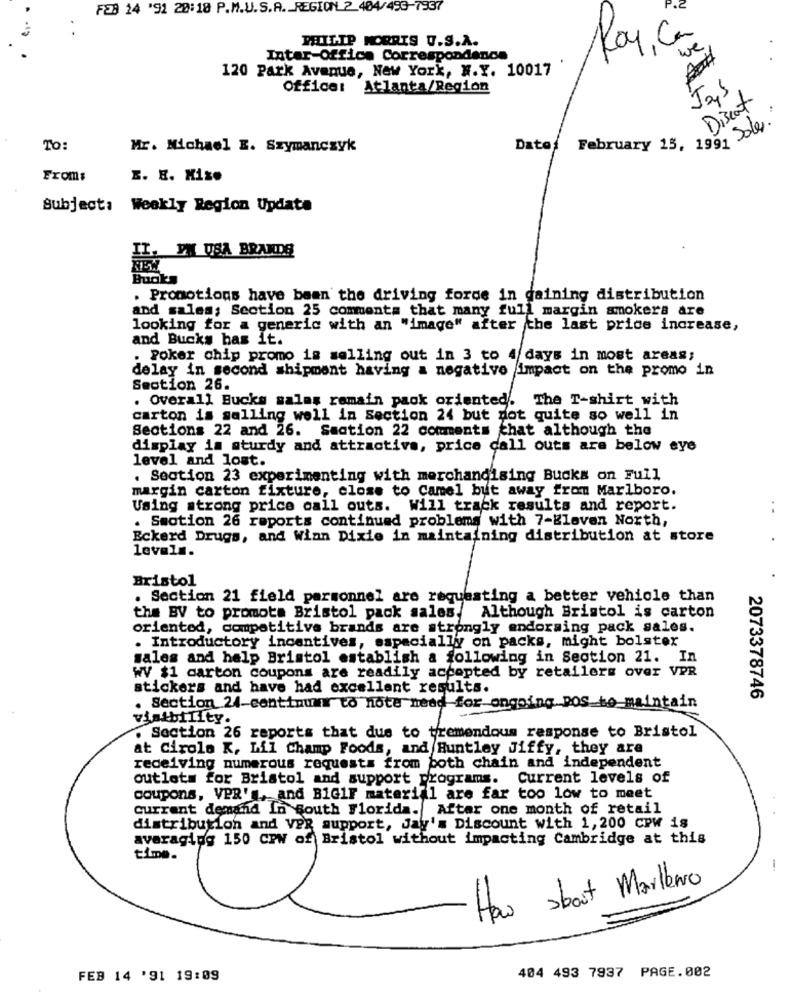
F29 24 '91 20:18 P.M.U.S.A. REGION 2 404/493-7937
PHILIP MORRIS U.S.A.
Roy, Ca
we
Inter-Office Correspondance
120 Park Avenue, New York, N.Y. 10017
Office: Atlanta/Region
Jas
Discot
February 15, 1991 Soler
To:
Mr. Michael E. Szymanczyk
Datof
From:
E. E. Mise
Subject: Weakly Region Update
PM USA BRANDE
Budky
. Promotions have been the driving force in gaining distribution
and sales; Section 25 comments that many full margin smokers are
looking for a generic with an "image" after the last price increase,
and Bucks bas it.
Poker chip promo is selling out in 3 to 4 days in most areas;
delay in second shipment having a negative impact on the promo in
Section 26.
. Overall Bucks salas remain paok oriented. The T-shirt with
carton is salling well in Section 24 but not quite so well in
Sections 22 and 26. Section 22 comments that although the
display im sturdy and attractive, price call outs are below eye
level and lost.
. Section 23 experimenting with merchandising Bucks on Full
margin carton fixture, close to Camel but away from Marlboro.
Using strong price call outs. Will track results and report.
. Smotion 26 reports continued problems with 7-Eleven North,
Eckerd Drugs, and Winn Dixie in maintaining distribution at store
levels.
Bristol
. Section 21 field personnel are requesting a better vehicle than
the BV to promote Bristol pack sales, Although Bristol is carton
oriented, competitive brands are strongly endorsing pack sales.
. Introductory incentives, especially on packs, might bolster
sales and help Bristol establish a following in Section 21. In
WV $1 carton coupons are readily accepted by retailers over VPR
stickers and have had excellent results.
2073378746
. Section 24-continuar to note need for ongoing Dos to maintain
visibility.
. Section 26 reports that due to tremendous response to Bristol
at Cirole K, Lil Champ Foods, and Huntley Jiffy, they are
receiving numerous requests from both chain and independent
outlets for Bristol and support programs. Current levels of
coupons, VPR'", and B1G1F material are far too low to meet
Current demand In South Florida. After one month of retail
distribution and VER support, Jay's Discount with 1, 200 CPw is
averaging 150 CPW of Bristol without impacting Cambridge at this
time.
--
How about Mailleno
FEB 14 '91 19:09
404 493 7937 PAGE.002